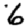
Digit: 6